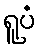
ရူပံ